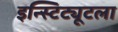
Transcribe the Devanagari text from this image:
इन्स्टिट्यूटला